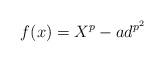
LaTeX: \begin{align*} f(x)=X^p-ad^{p^2}\end{align*}